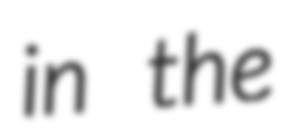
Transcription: in the